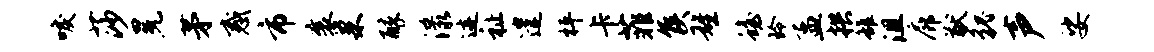
唳莎冕茅惑市襄巢醉漾迹祉遣枰卡菲侯雄蟾玲孟拱雒沮廊猷貌声娑